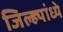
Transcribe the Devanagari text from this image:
जिल्ह्यांध्ये